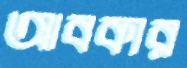
আবকার